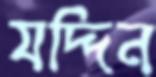
যদ্দিন